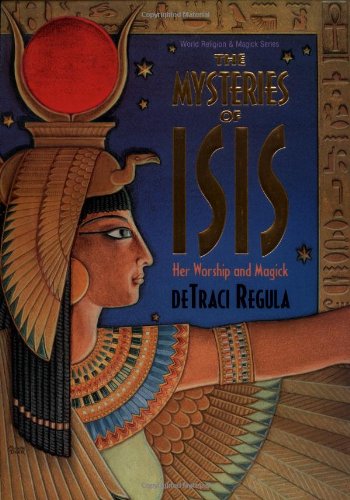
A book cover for The Mysteries of Isis: Her Worship & Magick (Llewellyn's World Religion and Magic Series); DeTraci Regula; History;